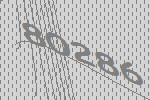
80286